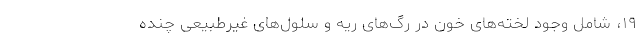
۱۹، شامل وجود لخته‌های خون در رگ‌های ریه و سلول‌های غیرطبیعی چنده